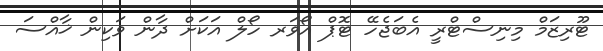
ޓޫރިޒަމް މިނިސްޓްރީ އެބަޖެހޭ ޓޮޕް އޯވަރ ހޯލް އަކަށް ދާން ވަކިން ޚާއްސަ